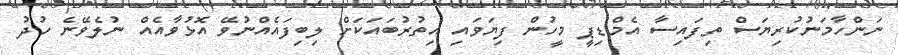
ނަންހާމަނުކުރިޔަސް ތިފައިސާ އެމްޑިޕީ މީހުން ފިޔަވައި އިތުރުބައަކަށް ލިބިފައެއްނުވޭ އޮޅުވާއެއް ނުލެވޭނެ ހުދު